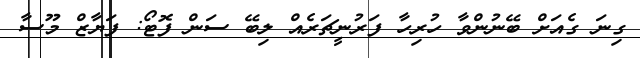
ގިނަ ގެއަށް ބޭނުންވާ ހުރިހާ ފަރުނީޗަރެއް ލިބޭ ސަން ފޮޓޯ: ފަޔާޒް މޫސާ